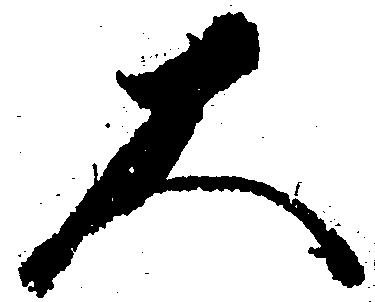
大